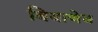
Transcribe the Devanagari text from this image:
बियाणेच